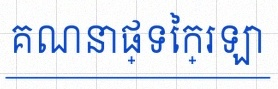
គណនាផ្ទៃក្រឡា